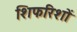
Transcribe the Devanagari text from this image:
शिफरिशों